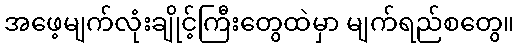
အဖေ့မျက်လုံးချိုင့်ကြီးတွေထဲမှာ မျက်ရည်စတွေ။